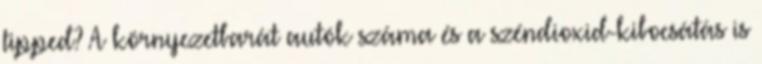
tipped? A környezetbarát autók száma és a széndioxid-kibocsátás is